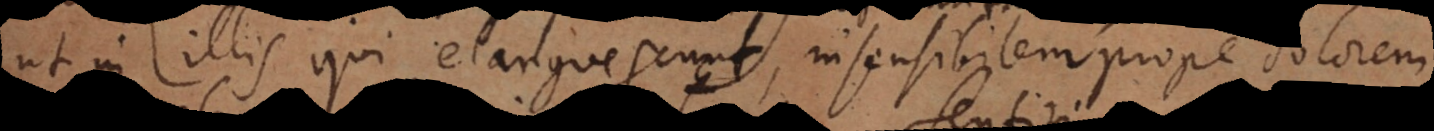
ut in illis qui elanguescunt, insensibilem reddi